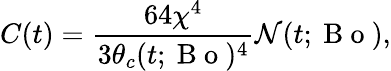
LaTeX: C(t)=\frac{64\chi^{4}}{3\theta_{c}(t;\mathrm{~B~o~})^{4}}\mathcal{N}(t;\mathrm{~B~o~}),